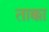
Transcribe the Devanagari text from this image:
ताक्का